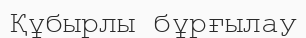
Құбырлы бұрғылау